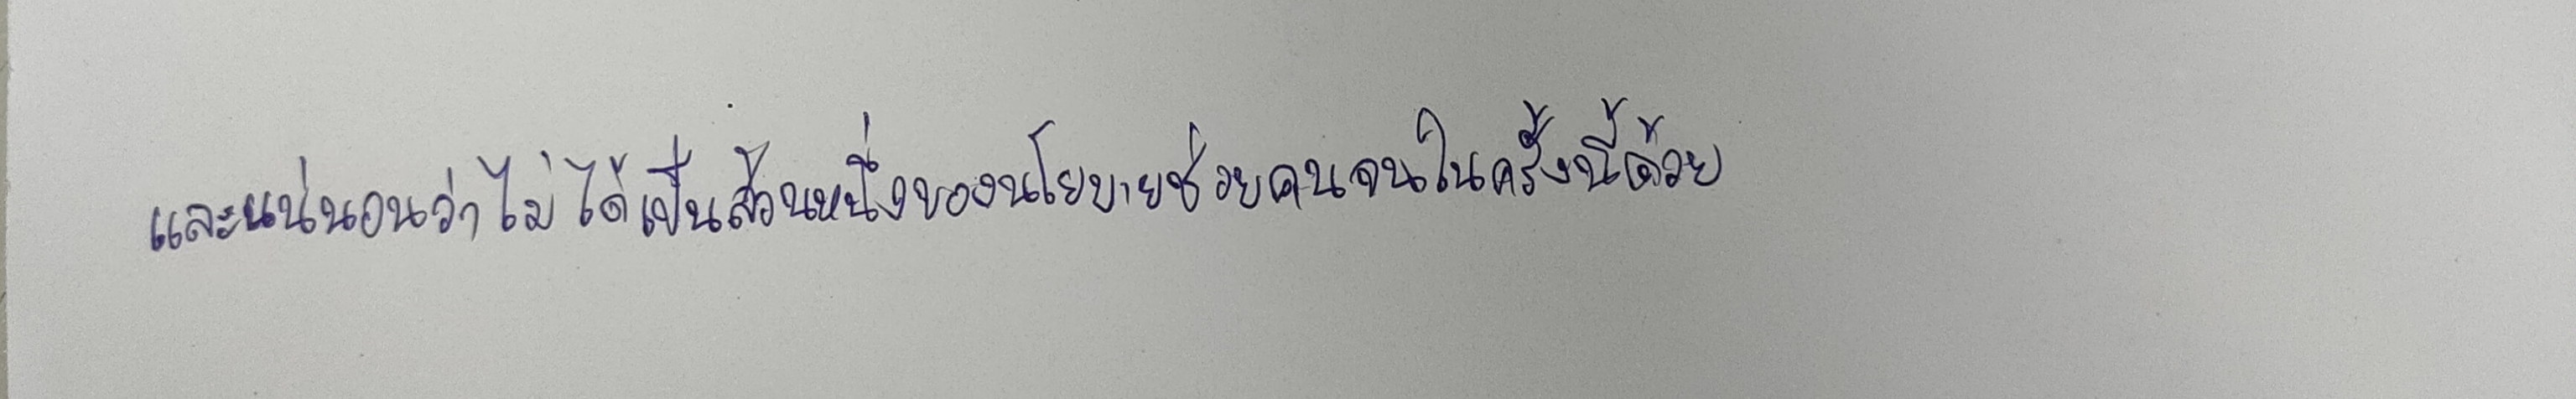
และแน่นอนว่าไม่ได้เป็นส่วนหนึ่งของนโยบายช่วยคนจนในครั้งนี้ด้วย